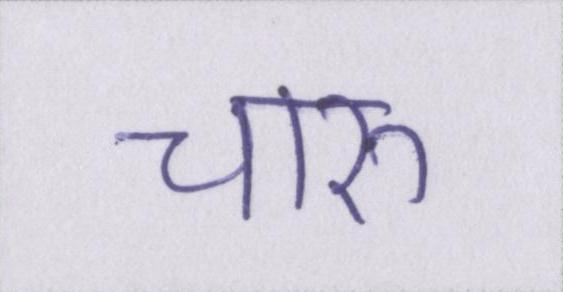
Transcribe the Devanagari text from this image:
चारु